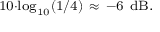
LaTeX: \scriptstyle 1 0 \cdot \log _ { 1 0 } ( 1 / 4 ) \ \approx \ - 6 \ \mathrm { d B } .